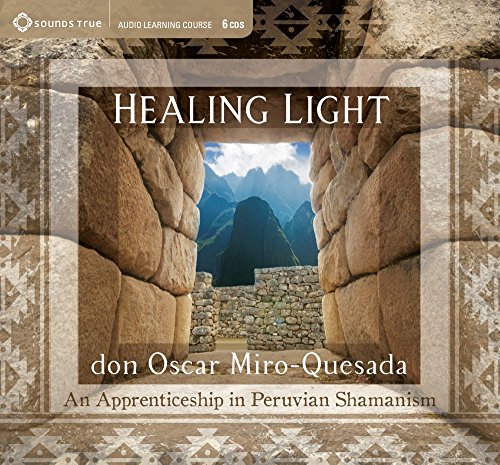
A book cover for Healing Light: An Apprenticeship in Peruvian Shamanism; don Oscar Miro-Quesada; Religion & Spirituality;